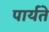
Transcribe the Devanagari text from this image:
पार्यते